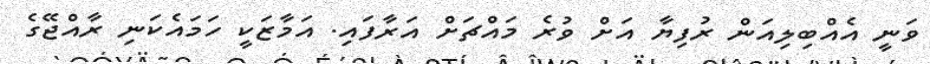
ވަނީ އެއްބިލިއަން ރުފިޔާ އަށް ވުރެ މައްޗަށް އަރާފައި. އަމާޒަކީ ހަމައެކަނި ރާއްޖޭގެ